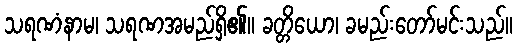
သရဏံနာမ၊ သရဏအမည်ရှိ၏။ ခတ္တိယော၊ ခမည်းတော်မင်းသည်။